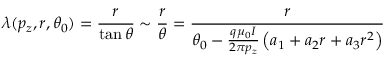
\lambda ( p _ { z } , r , \theta _ { 0 } ) = \frac { r } { \tan \theta } \sim \frac { r } { \theta } = \frac { r } { \theta _ { 0 } - \frac { q \mu _ { 0 } I } { 2 \pi p _ { z } } \left( a _ { 1 } + a _ { 2 } r + a _ { 3 } r ^ { 2 } \right) }